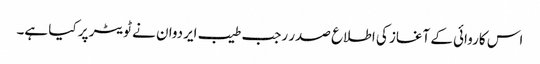
اس کاروائی کے آغاز کی اطلاع صدر رجب طیب ایردوان نے ٹویٹر پر کیا ہے۔